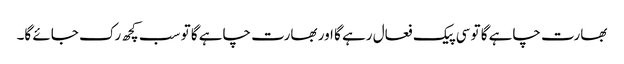
بھارت چاہے گا تو سی پیک فعال رہے گا اور بھارت چاہے گا تو سب کچھ رک جائے گا۔